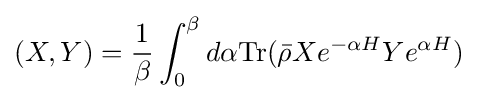
(X,Y)={\frac {1}{\beta }}\int _{0}^{\beta }d\alpha {\text{Tr}}({\bar {\rho }}Xe^{-\alpha H}Ye^{\alpha H})